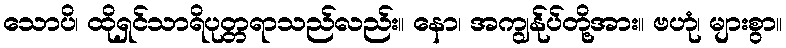
သောပိ၊ ထိုရှင်သာရိပုတ္တရာသည်လည်း။ နော၊ အကျွန်ုပ်တို့အား။ ဗဟုံ၊ များစွာ။